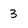
Character: 3